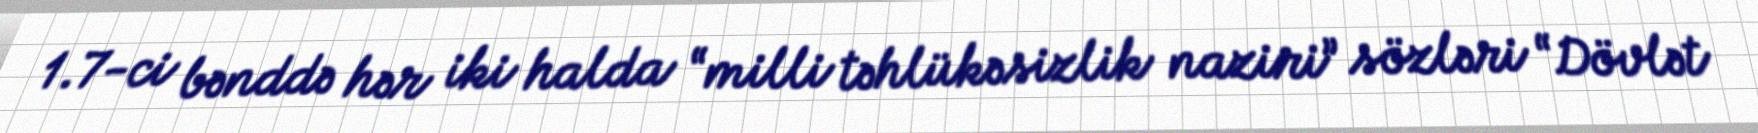
1.7-ci bənddə hər iki halda “milli təhlükəsizlik naziri” sözləri “Dövlət